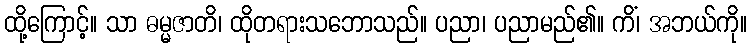
ထို့ကြောင့်။ သာ ဓမ္မဇာတိ၊ ထိုတရားသဘောသည်။ ပညာ၊ ပညာမည်၏။ ကိံ၊ အဘယ်ကို။